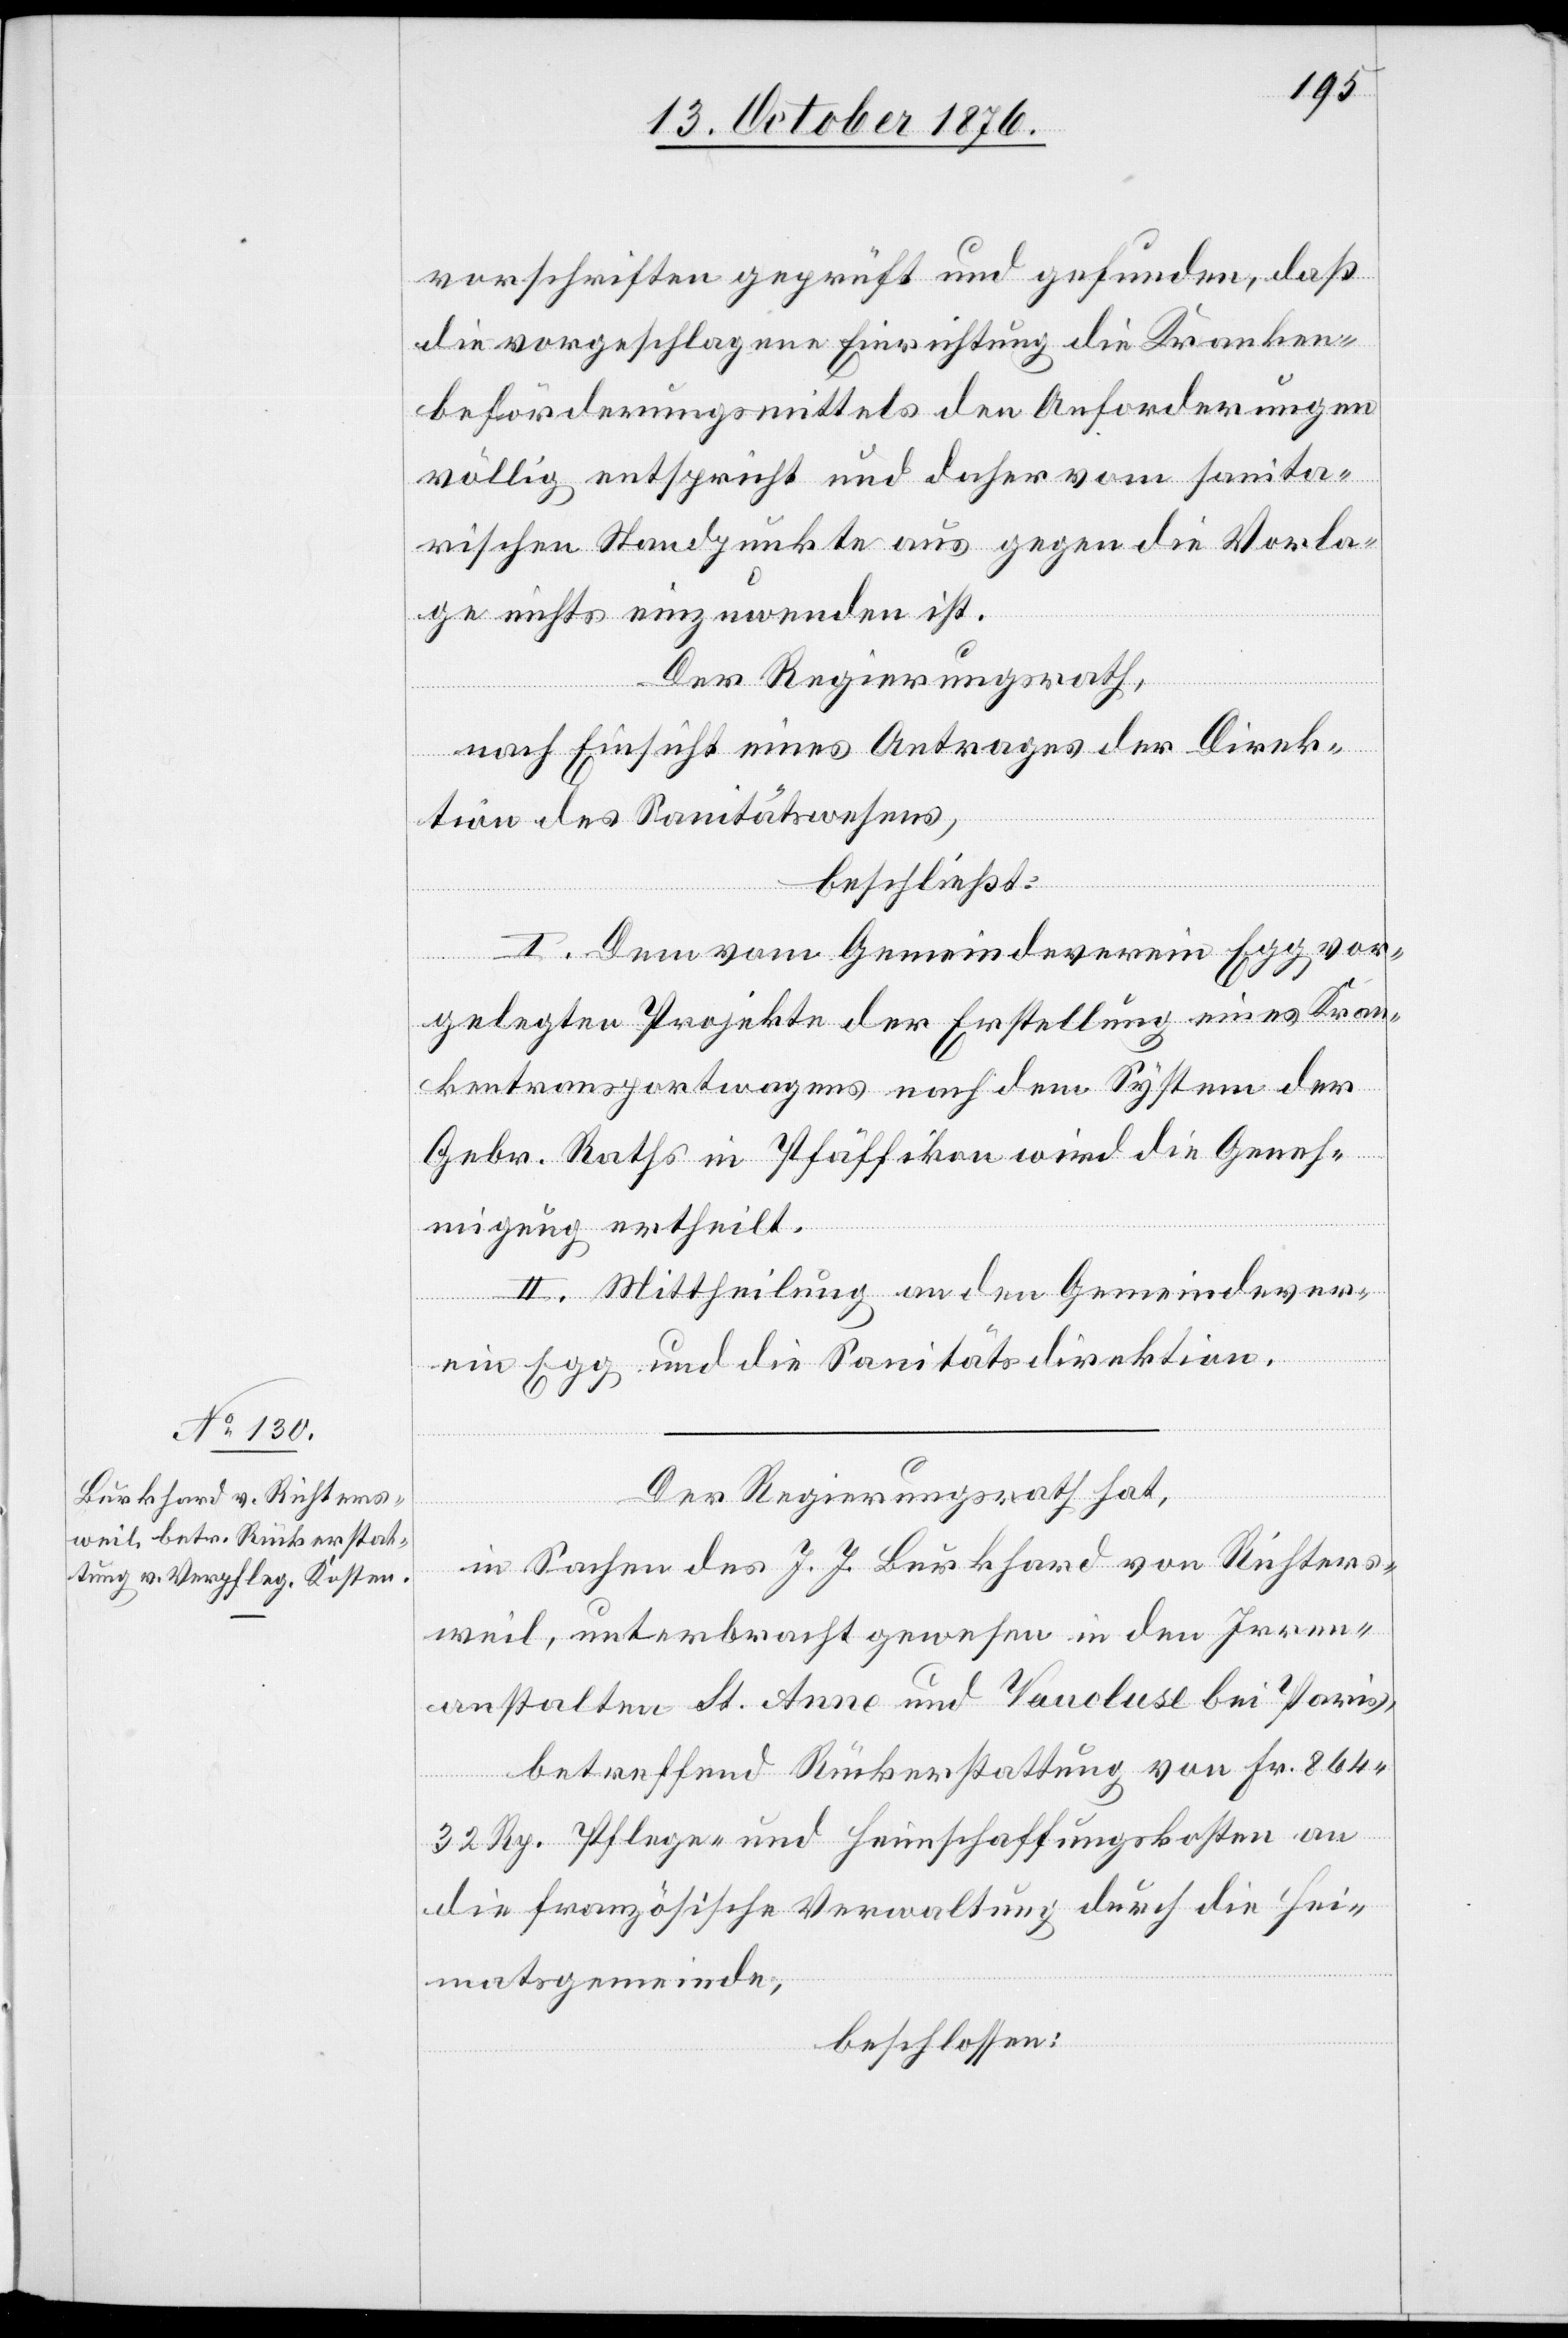
sanita¬
vorschriften geprüft und gefunden, daß
die vorgeschlagene Einrichtung die Kranken¬
beförderungsmittels [sic!] völlig entspricht und
rischen Standpunkte aus gegen die Vorla¬
ge nichts einzuwenden ist.
Der Regierungsrath,
nach Einsicht eines Antrages der Direk¬
tion des Sanitätswesens,
beschließt:
I. Dem vom Gemeindeverein Egg vor¬
gelegten Projekte der Erstellung eines Kran¬
kentransportwagens nach dem System der
Gebr. Raths in Pfäffikon wird die Geneh¬
migung ertheilt.
II. Mittheilung an den Gemeindever¬
ein Egg und die Sanitätsdirektion.
Der Regierungsrath hat,
in Sachen des J. J. Burkhard von Richters¬
weil, unterbracht gewesen in den Irren¬
anstalten St. Anne und Vancluse bei Paris,
betreffend Rückerstattung von Frk. 864
32 Rp. Pflege- und Heimschaffungskosten an
die französische Verwaltung durch die Hei¬
matsgemeinde,
beschlossen: